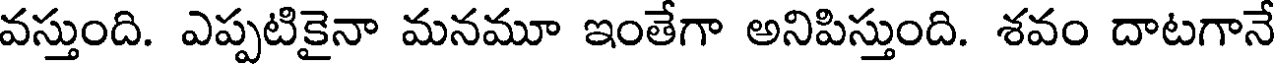
వస్తుంది. ఎప్పటికైనా మనమూ ఇంతేగా అనిపిస్తుంది. శవం దాటగానే